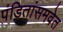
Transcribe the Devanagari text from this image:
पंडितांसमवेत